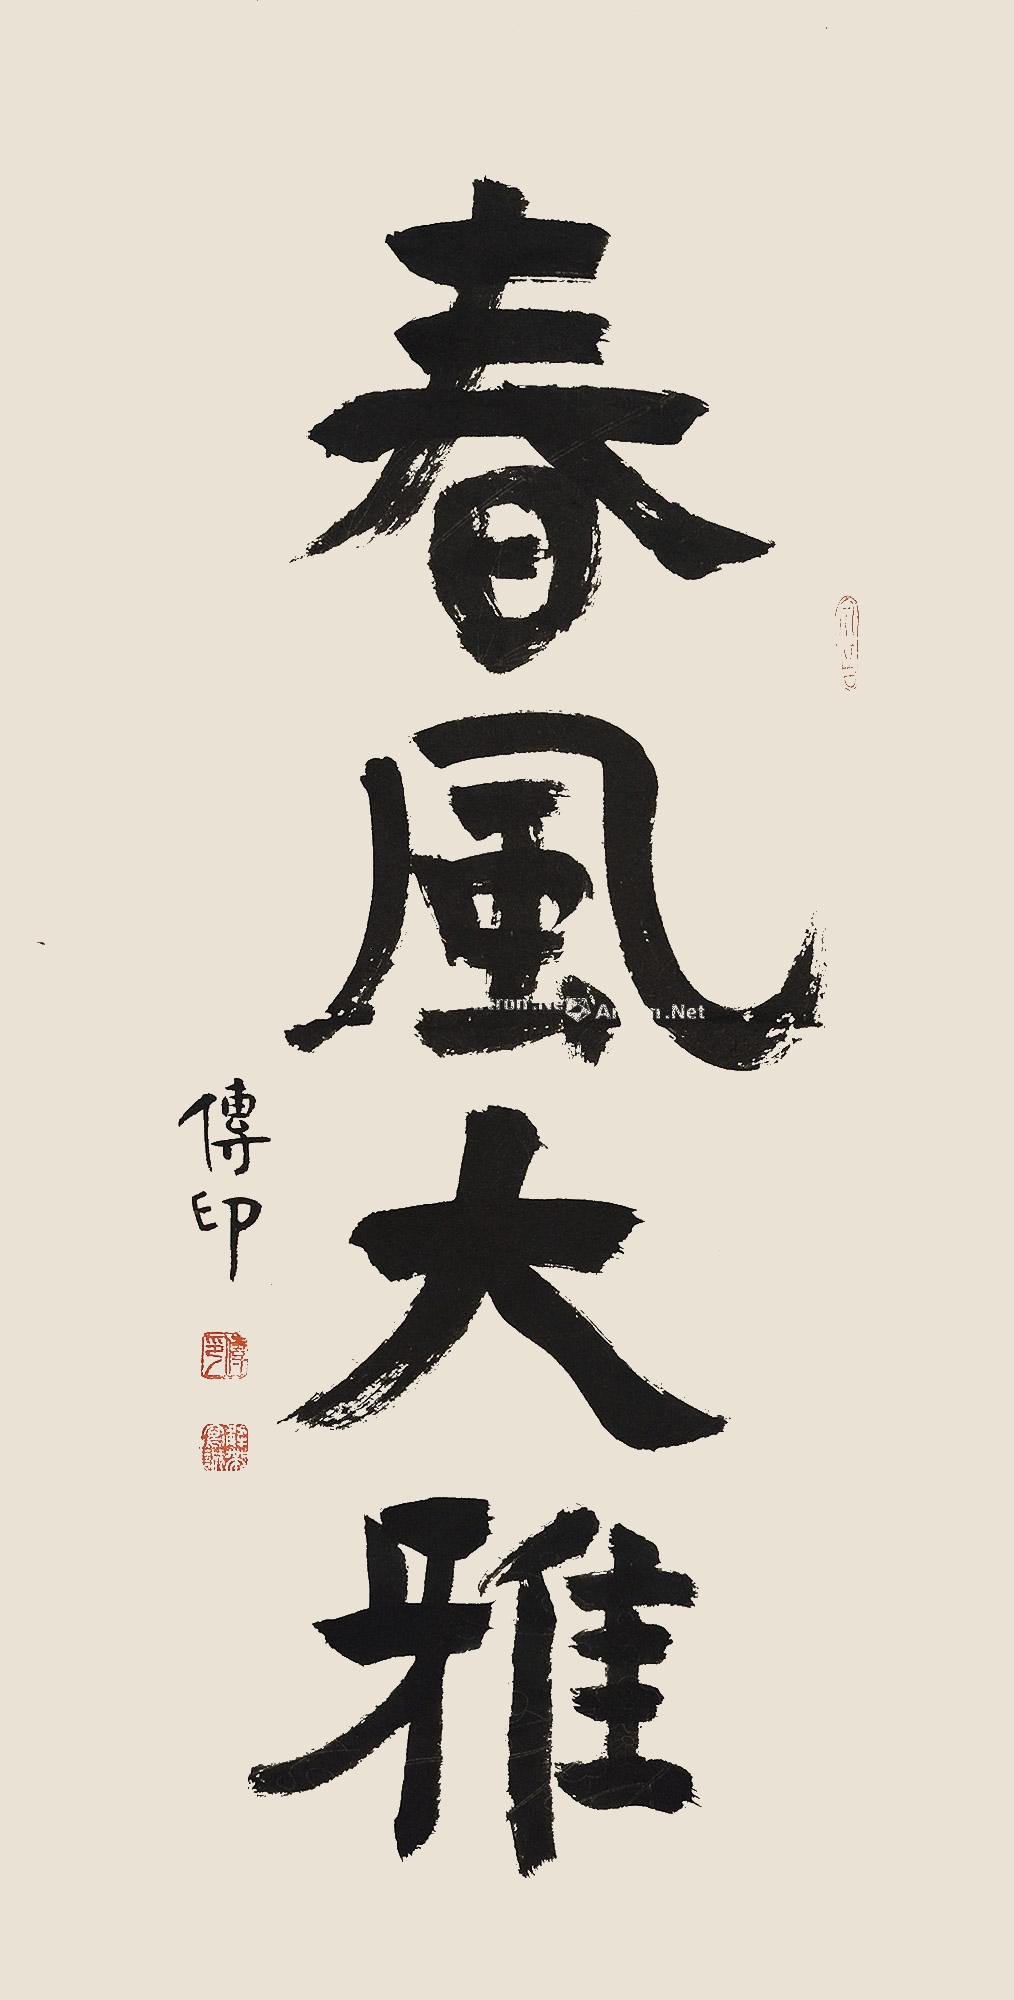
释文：春风大雅传印。